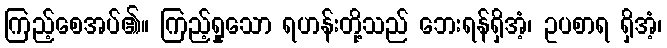
ကြည့်စေအပ်၏။ ကြည့်ရှုသော ရဟန်းတို့သည် ဘေးရန်ရှိအံ့၊ ဥပစာရ ရှိအံ့၊